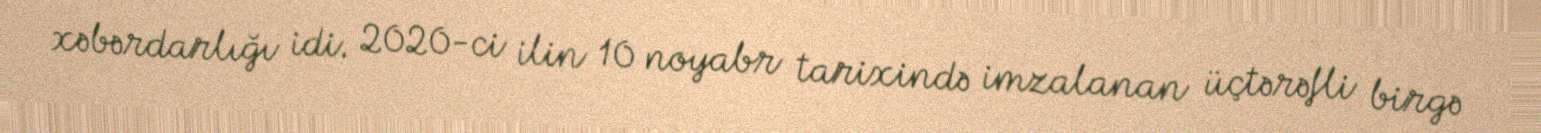
xəbərdarlığı idi. 2020-ci ilin 10 noyabr tarixində imzalanan üçtərəfli birgə